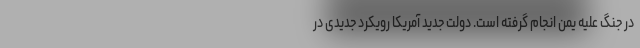
در جنگ علیه یمن انجام گرفته است. دولت جدید آمریکا رویکرد جدیدی در